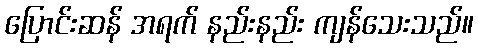
ပြောင်းဆန် အရက် နည်းနည်း ကျန်သေးသည်။